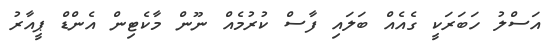
އަސްލު ހަބަރަކީ ގެއެއް ބަލައި ފާސް ކުރުމެއް ނޫން މާކެޓިން އެންޑް ޕީއާރު